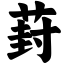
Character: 葑